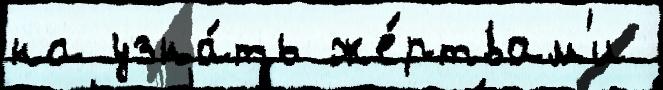
на узна́ть же́ртвам'и